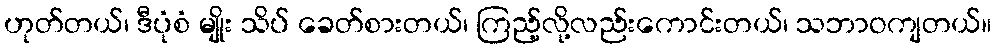
ဟုတ်တယ်၊ ဒီပုံစံ မျိုး သိပ် ခေတ်စားတယ်၊ ကြည့်လို့လည်းကောင်းတယ်၊ သဘာဝကျတယ်။